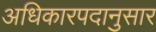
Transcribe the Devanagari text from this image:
अधिकारपदानुसार